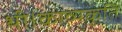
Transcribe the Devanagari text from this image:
थी।काव्यकृति